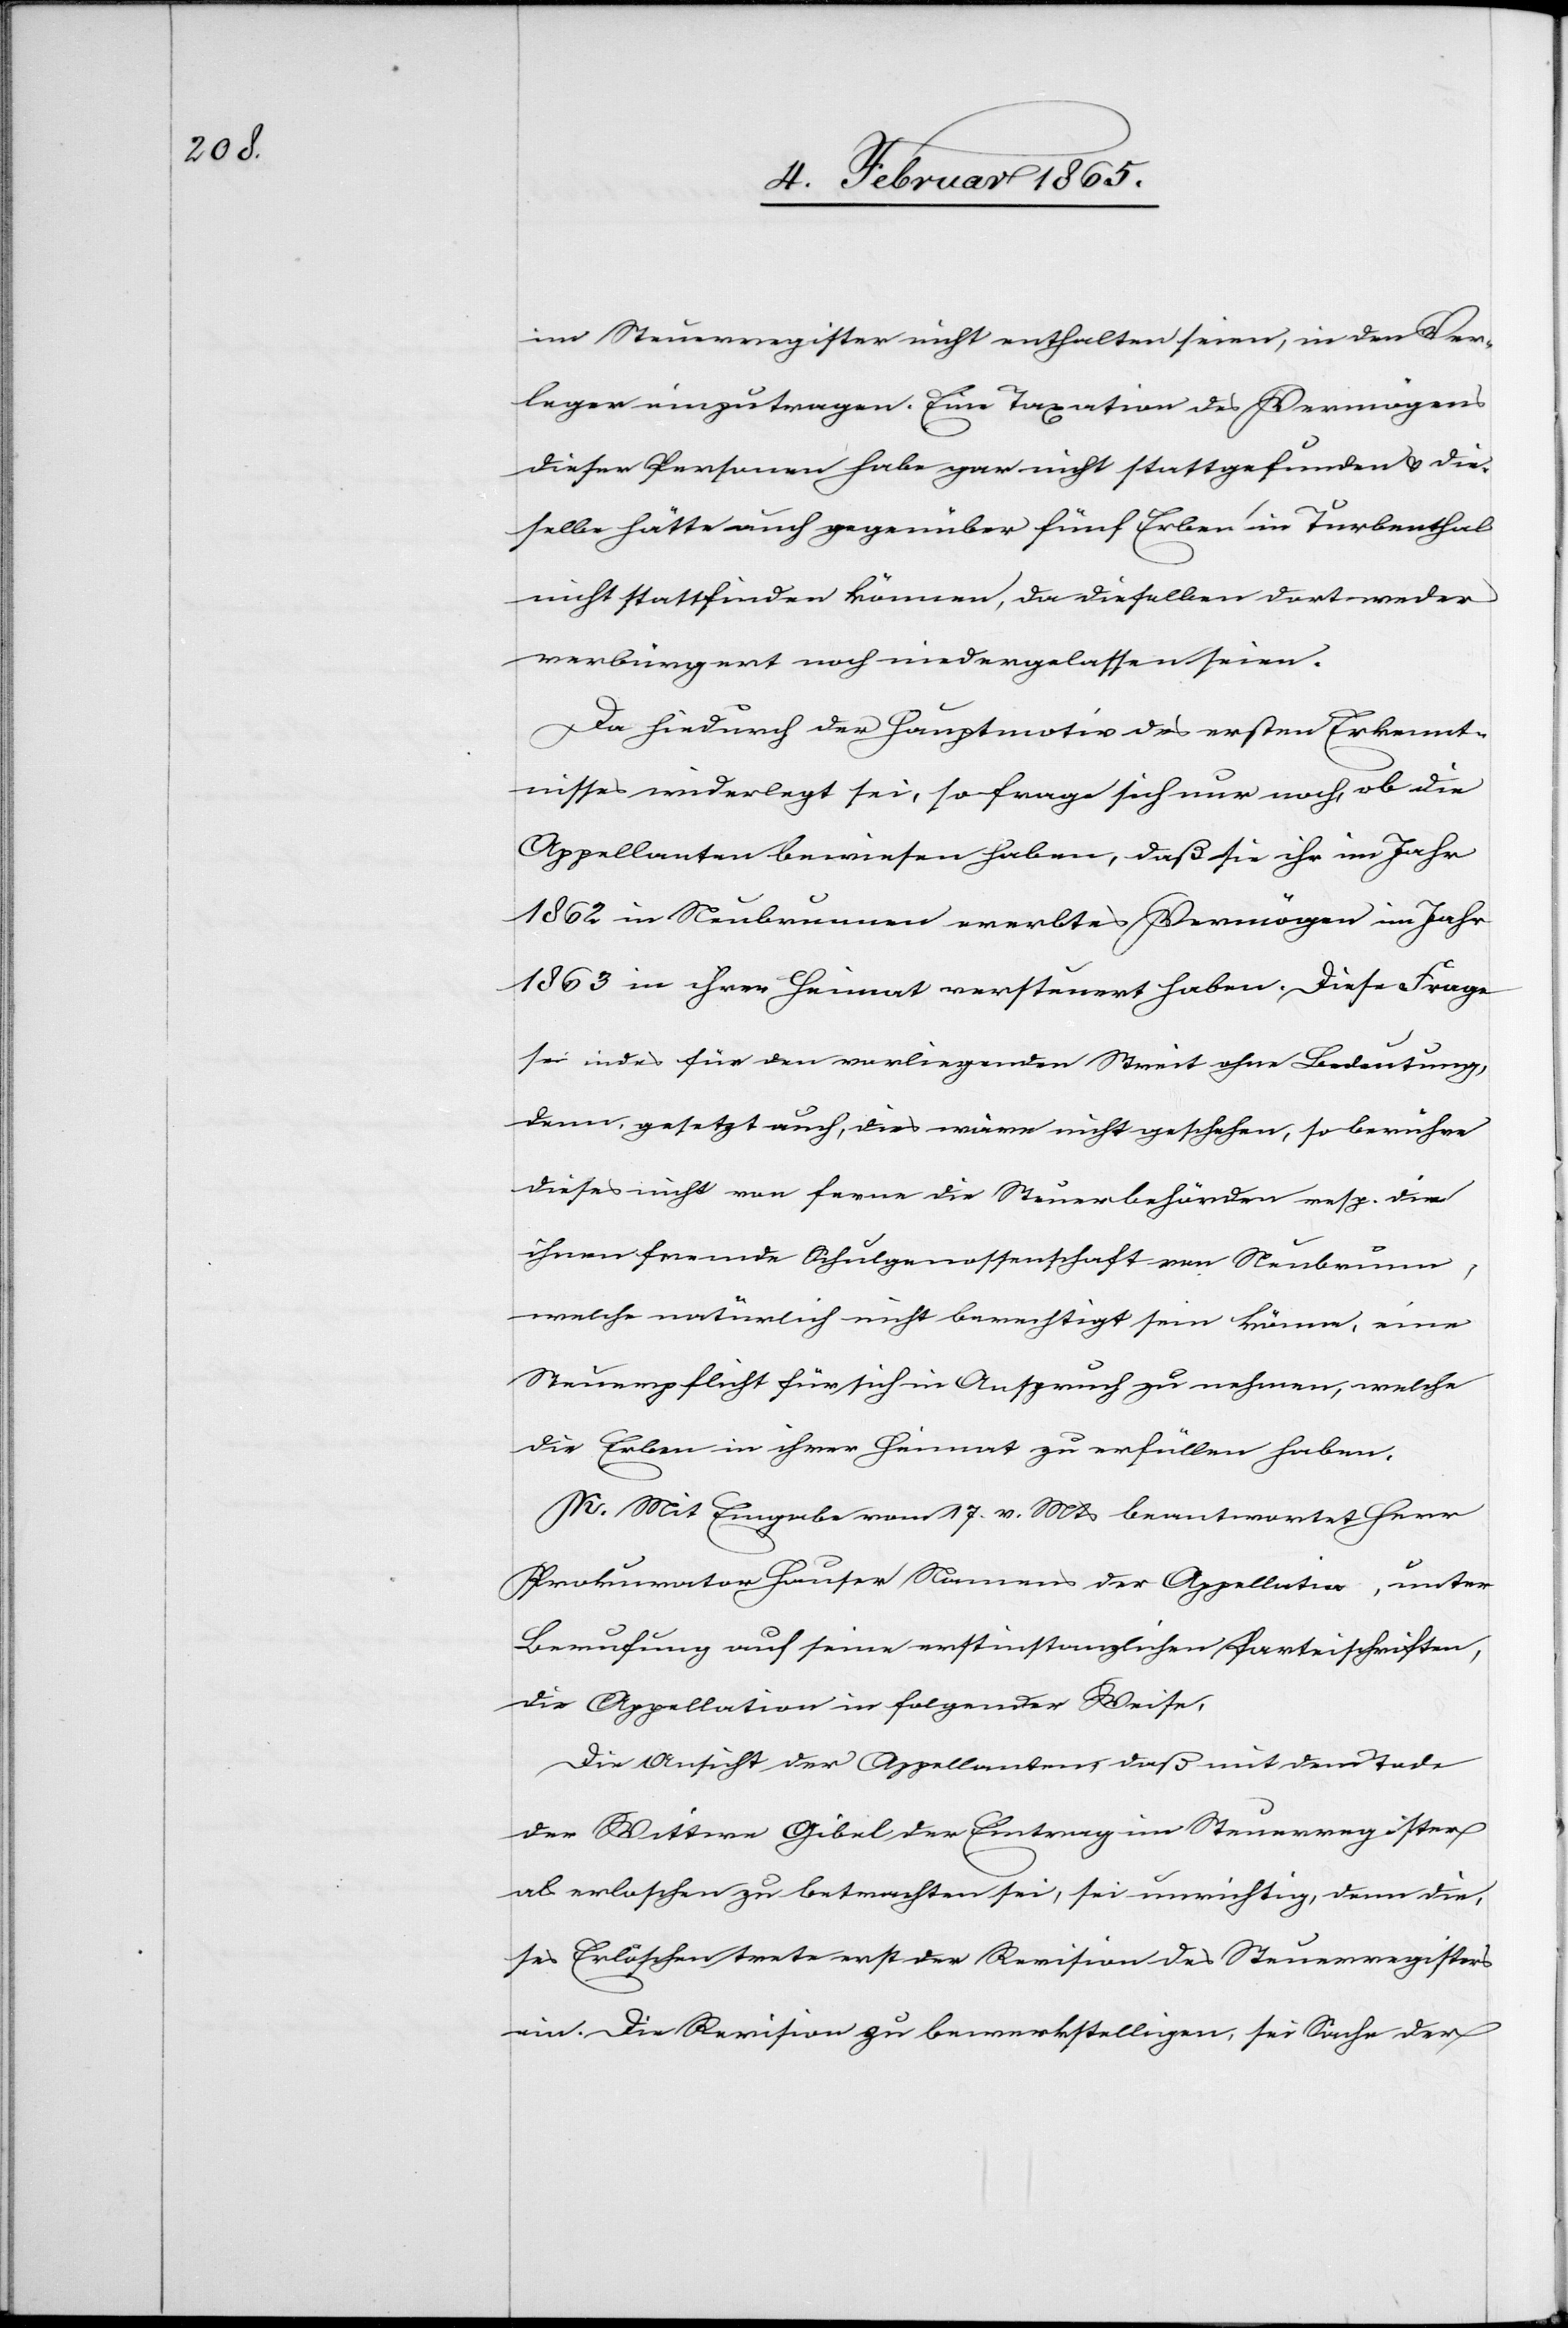
im Steuerregister nicht enthalten seien, in den Ver¬
leger einzutragen. Eine Taxation des Vermögens
dieser Personen habe gar nicht stattgefunden u. die¬
selbe hätte auch gegenüber fünf Erben in Turbenthal
nicht stattfinden können, da dieselben dort weder
verbürgert noch niedergelassen seien.
Da hiedurch der Hauptmotiv des ersten Erkennt¬
nisses widerlegt sei, so frage sich nur noch, ob die
Appellanten bewiesen haben, daß sie ihr im Jahr
1862 in Neubrunnen ererbtes Vermögen im Jahr
1863 in ihrer Heimat versteuert haben. Diese Frage
sei indes für den vorliegenden Streit ohne Bedeutung,
denn, gesetzt auch, dies wäre nicht geschehen, so berühre
dieses nicht von ferne die Steuerbehörden resp. die
ihnen fremde Schulgenossenschaft von Neubrunn,
welche natürlich nicht berechtigt sein könne, eine
Steuerpflicht für sich in Anspruch zu nehmen, welche
die Erben in ihrer Heimat zu erfüllen haben.
K. Mit Eingabe vom 17. v. Mts beantwortet Herr
Prokurator Hauser Namens der Appellatin, unter
Berufung auf seine erstinstanzlichen Parteischriften,
die Appellation in folgender Weise,
Die Ansicht der Appellanten, daß mit dem Tode
der Wittwe Gibel der Eintrag im Steuerregister
als erloschen zu betrachten sei, sie unrichtig, denn die¬
ses Erlöschen trete erst [bei] der Revision des Steuerregisters
ein. Die Revision zu bewerkstelligen, sei Sache der